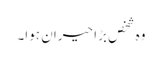
وہ شخص بڑا حیران ہوا۔